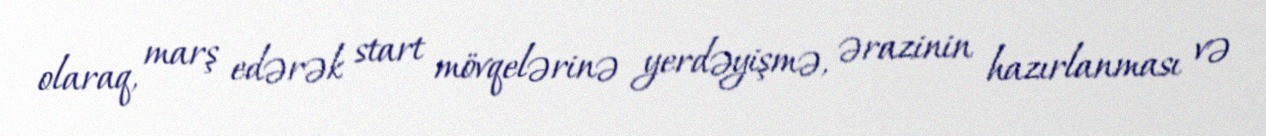
olaraq, marş edərək start mövqelərinə yerdəyişmə, ərazinin hazırlanması və